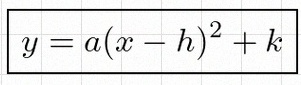
y=a(x-h)^2+k